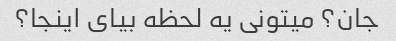
جان؟ میتونی یه لحظه بیای اینجا؟